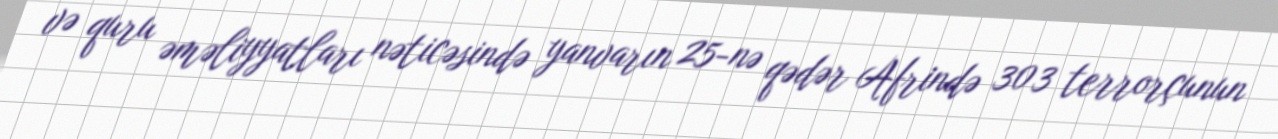
və quru əməliyyatları nəticəsində yanvarın 25-nə qədər Afrində 303 terrorçunun